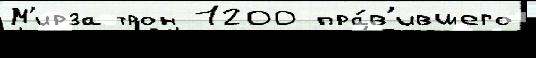
М'ирза трон 1200 пра́в'ившего